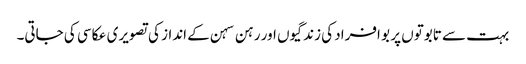
بہت سے تابوتوں پر بو افراد کی زندگیوں اور رہن سہن کے انداز کی تصویری عکاسی کی جاتی۔